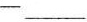
——___